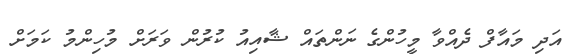
އަދި މައާފް ދެއްވާ މީހުންގެ ނަންތައް ޝާއިއު ކުރުން ވަރަށް މުހިންމު ކަމަށް